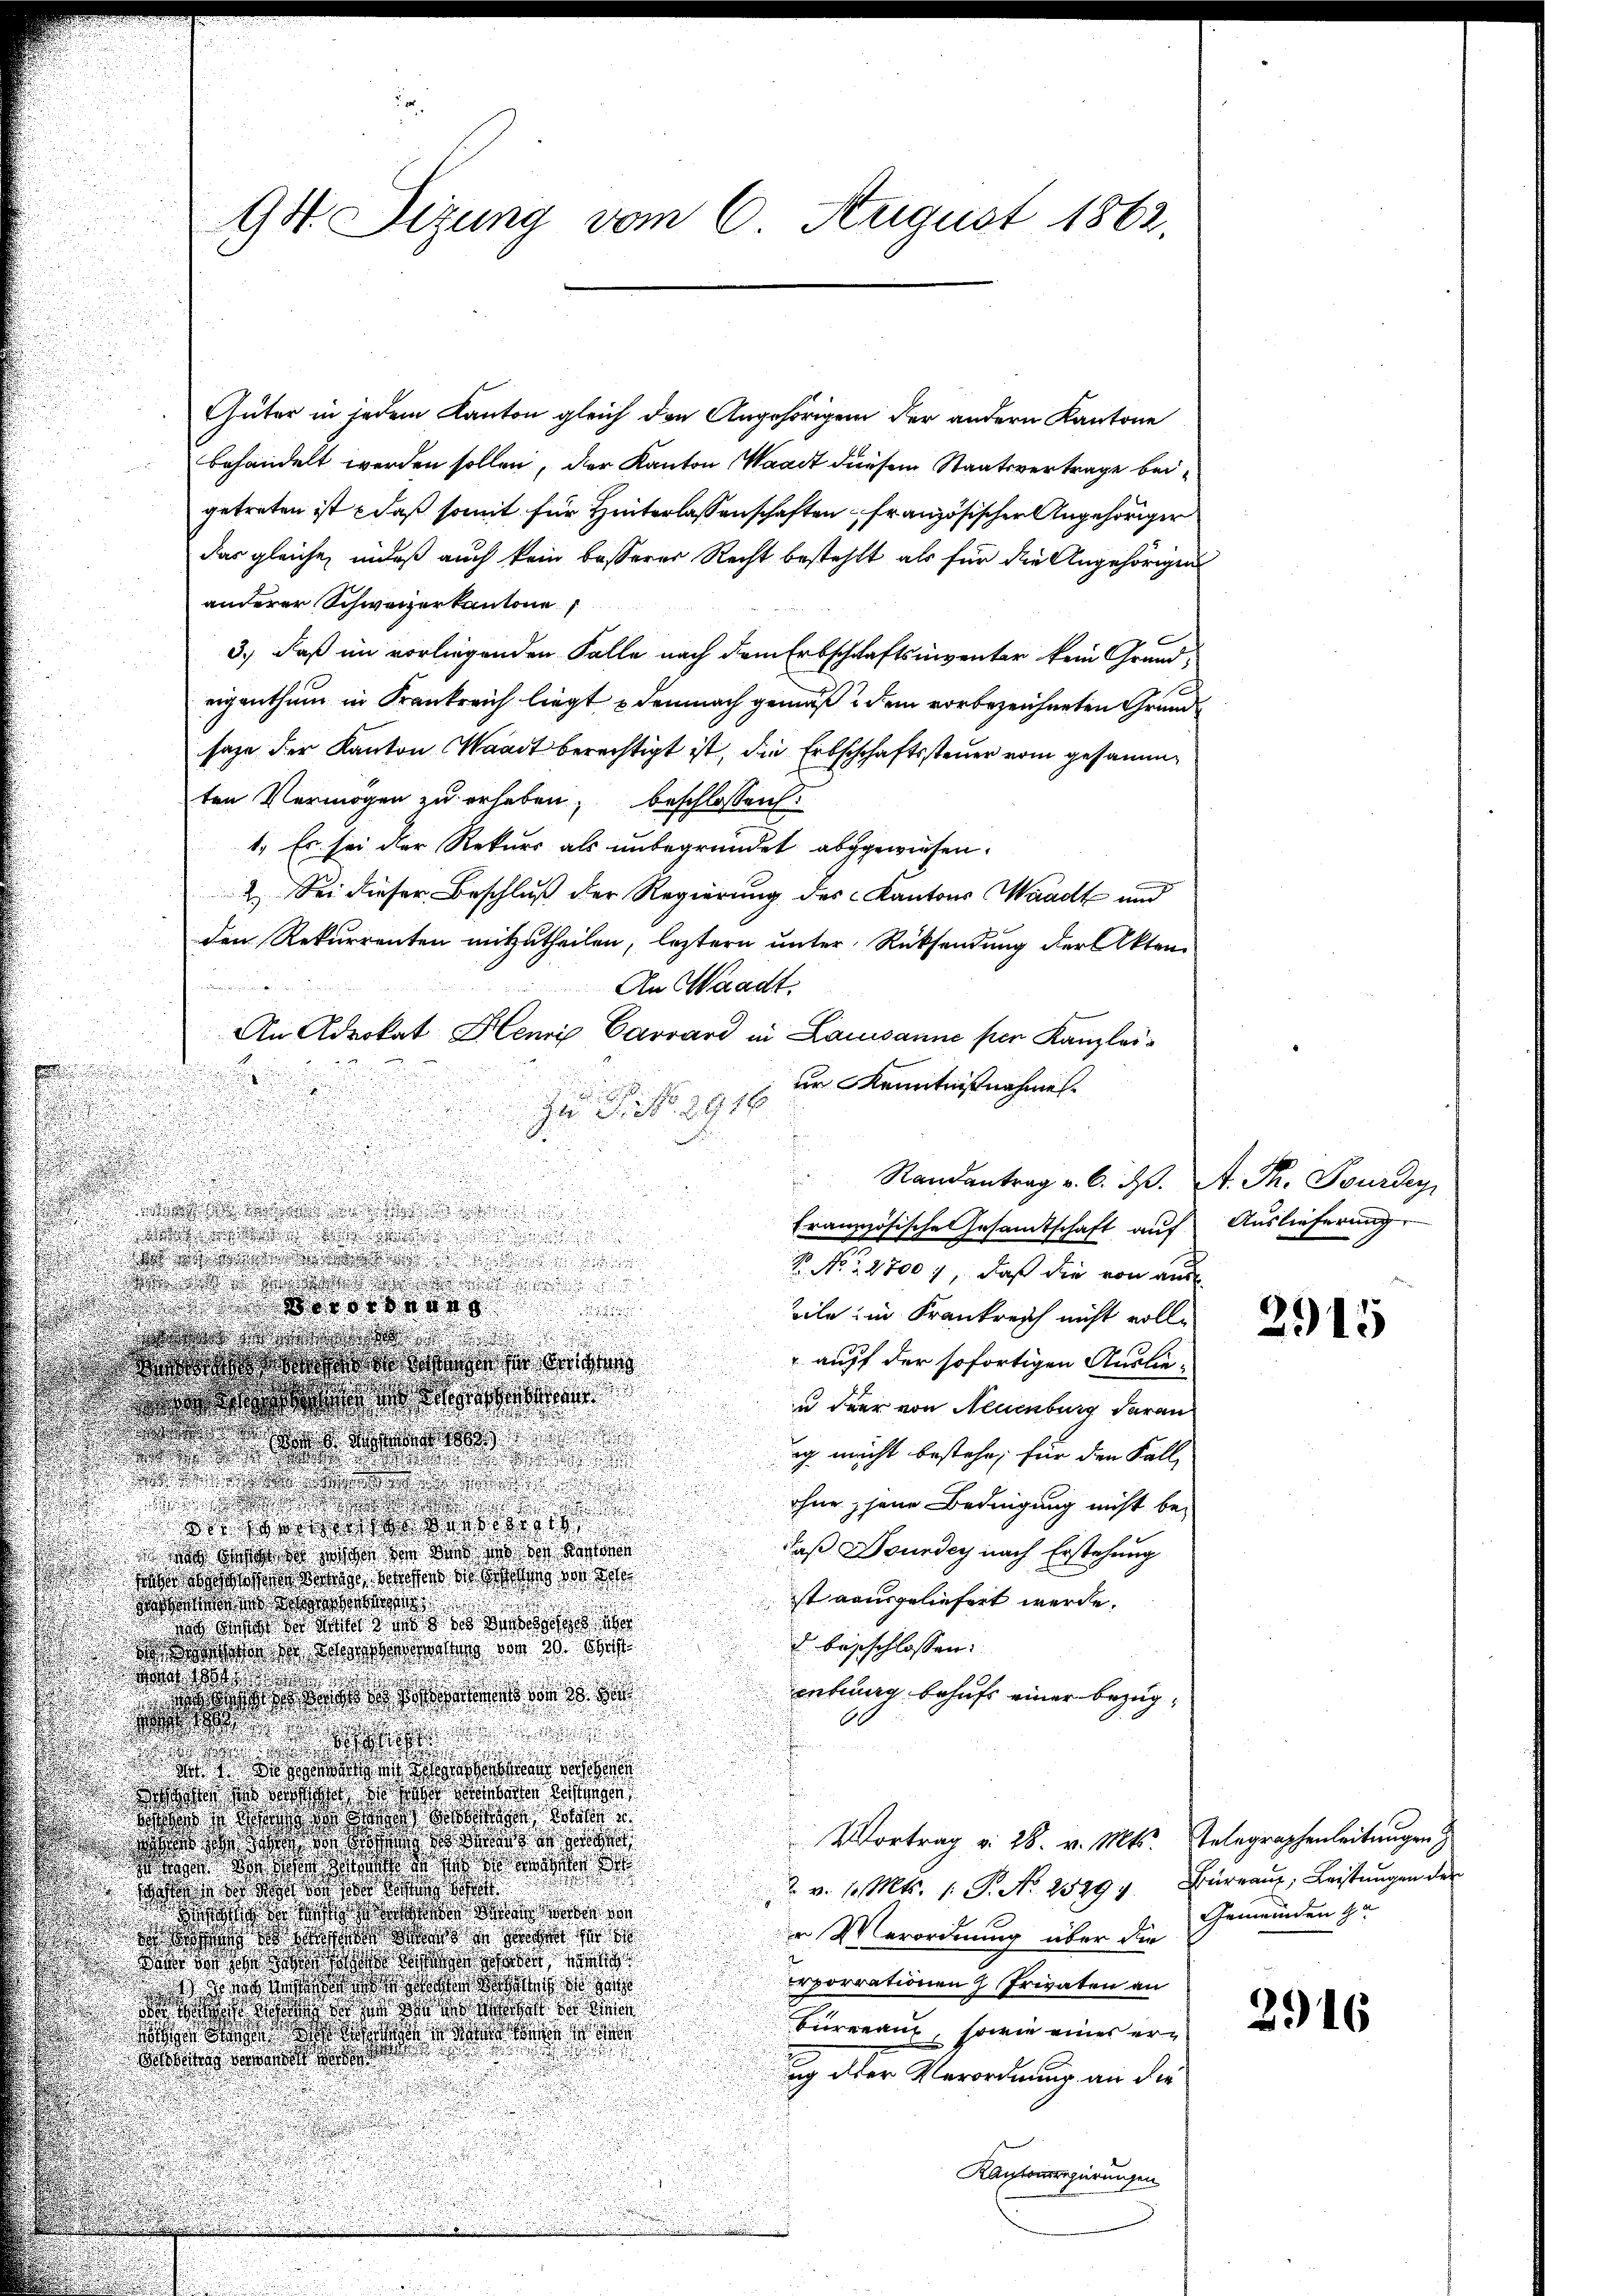
Auter in jedem Kanton gleich den Angehörigen der andern Kantone
behandelt werden sollen, der Kanton Waadt diesem Staatsvertrage beigetreten ist, daß somit für Hinterlassenschaften französischen Angehöriger
das gleiche, indeß auch kein besserer Recht besteht als für die Angehörigen
anderer Schweizerkantone
3.) Daß im vorliegenden Falle nach dem Erbschaftsinventar kein Grund-
eigenthum in Krankreich liegt u demnach gemäß dem vorbezeichneten Grundsage der Kanton Waadt berechtigt ist, die Erbschchaftssteuer vom gesammten Vermögen zu erheben, beschlossen:
1.) Es sei der Rekurs als unbegründet abgewiesen.
2. Sei dieser Beschluß der Regierung des Kantons Waadt und
den Rekurrenten mitzutheilen, leztern unter Rücksendung der Akten
e
An Waadt.
An Advokat Henri Carrard in Lausanne per Kanzlei-
ur Kenntnißnahmen.

b
t S. 1916
f
e
E

n
französische Gesamtschaft auf
ade!!!!!!!!!!!!!!!!!!!!!!!!!!
 !!!!!!!!!!
.
N No 27007, daß die von aus
s!!!!!!!!!!!
 deder

eile in Krankreich nicht volle

i
n
" auff der sofortigen Auslie¬
  da der das
¬
Bstandenen
u Heer von Neuenburg daran
.
n

de
ig nicht bestehe, für den Fall
.

d
u
e
ohne jene Bedingung nicht be¬
.
 der oder ande
daß Dourde nach Erstehung
   sie die war das des Rectoren
Wird der Straße des Mag der
ist ausgeliefert werde.
W
 de des
d beschlossen:
n der Schadens den 30. Sept

entrag behufs einer bezug¬
 den und dass d
e
 2
d bis ad

  an den derse

i
de in worden, so das schiederten bestragen
scasse an die dann sie
Vortrag v. 28. v. Mts. Telegraphenleitungen
nd das die ich daher, dass ich
age der das war se
2
2. v. 10. Mts. 1. P. Nr. 2529. Büreaŭs: Leistungen der
shande der daher der sei
 o di de
n Verordnung über die
 a s serorden, den se
1
dass de ce desstraße sehen sin
porrationen Privaten an
 o che des de
s hat der die in d
Büreau, sowie eines erh wurde des hatte, war die

s er de
ung der Verordnung an die
Kantonsregierungen

98. Sizung vom 6. August 1862.

Randantrag v. 6. d. A. Th. Furdey

Auslieferung

2915

Gemeinden zu

2916